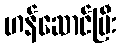
ဟန်ဆောင်ပြီး